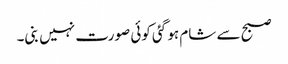
صبح سے شام ہو گئی کوئی صورت نہیں بنی۔